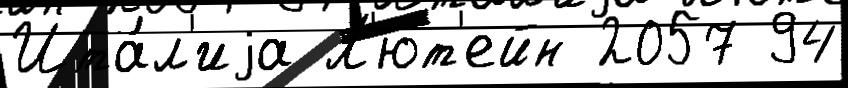
Ита́л'иjа Л'ют'ейн 2057 94